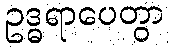
ဥဒ္ဓရာပေတွာ